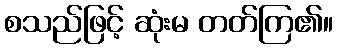
စသည်ဖြင့် ဆုံးမ တတ်ကြ၏။